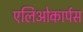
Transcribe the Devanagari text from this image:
एलिओकार्पस